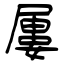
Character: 屢